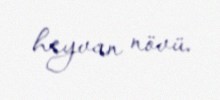
heyvan növü.